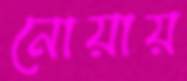
নোয়ায়